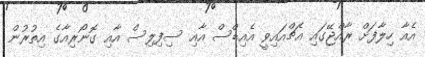
އެއާ ހިލާފަށް ރާއްޖޭގައި އެޗްއައިވީ އެއިޑްސް އާއި ސިފިލިސް އާއި ގޮނޯރިއާގެ އިތުރުން